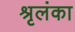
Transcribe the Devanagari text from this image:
श्रृलंका